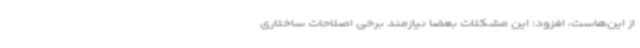
از این‌هاست، افزود: این مشکلات بعضاً نیازمند برخی اصلاحات ساختاری